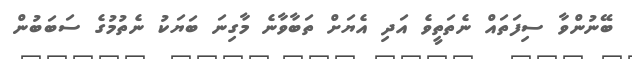
ބޭނުންވާ ސިފަތައް ނެތަތީވެ އަދި އެޔަށް ތަބާވާނެ މާގިނަ ބަޔަކު ނެތުމުގެ ސަބަބުން